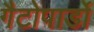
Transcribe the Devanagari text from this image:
गैटोपार्डो